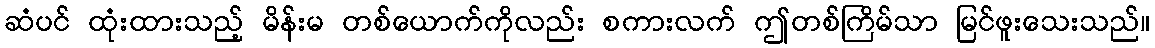
ဆံပင် ထုံးထားသည့် မိန်းမ တစ်ယောက်ကိုလည်း စကားလက် ဤတစ်ကြိမ်သာ မြင်ဖူးသေးသည်။